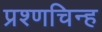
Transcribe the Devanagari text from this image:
प्रश्णचिन्ह